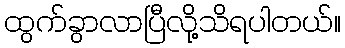
ထွက်ခွာလာပြီလို့သိရပါတယ်။